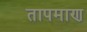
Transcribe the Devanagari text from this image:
तापमाण